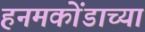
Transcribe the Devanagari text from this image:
हनमकोंडाच्या